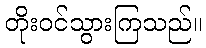
တိုးဝင်သွားကြသည်။